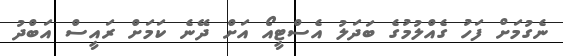
ނެގުމަށް ފަހު ގެއްލުމުގެ ބަދަލު އެސްޓީއޯ އަށް ދޭނެ ކަމަށް ރައީސް އަބްދު